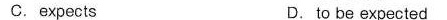
C.expects D. to be expected